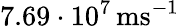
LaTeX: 7.69\cdot 10^{7}\, \mathrm{m}\mathrm{s}^{-1}